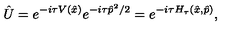
\hat { U } = e ^ { - i \tau V ( \hat { x } ) } e ^ { - i \tau \hat { p } ^ { 2 } / 2 } = e ^ { - i \tau H _ { \tau } ( \hat { x } , \hat { p } ) } ,